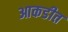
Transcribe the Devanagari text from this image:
आकडीत